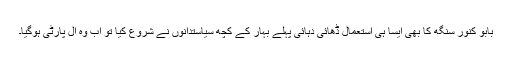
بابو کنور سنگھ کا بھی ایسا ہی استعمال ڈھائی دہائی پہلے بہار کے کچھ سیاستدانوں نے شروع کیا تو اب وہ آل پارٹی ہوگیا۔